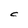
Character: C